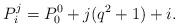
LaTeX: \begin{align*}P_i^j=P_0^0+j(q^2+1)+i.\end{align*}